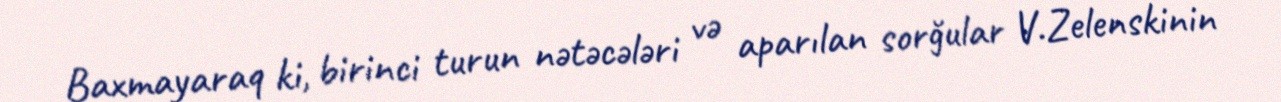
Baxmayaraq ki, birinci turun nətəcələri və aparılan sorğular V.Zelenskinin